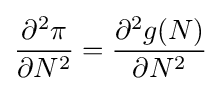
{\frac {\partial ^{2}\pi }{\partial N^{2}}}={\frac {\partial ^{2}g(N)}{\partial N^{2}}}